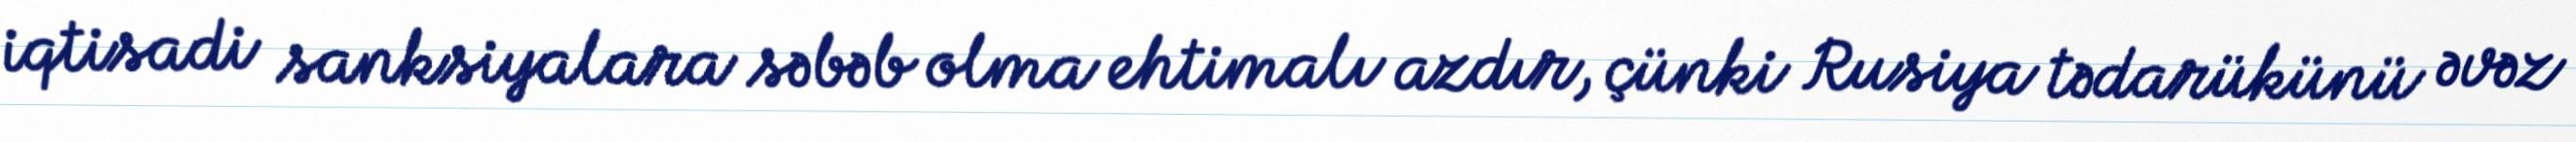
iqtisadi sanksiyalara səbəb olma ehtimalı azdır, çünki Rusiya tədarükünü əvəz